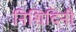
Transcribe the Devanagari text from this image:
निशिदिनी